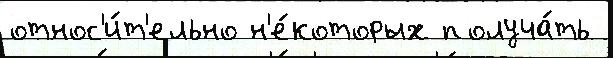
относ'и́т'ельно н'е́которых получа́ть